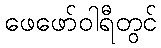
ဖေဖော်ဝါရီတွင်